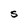
Character: S